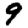
Digit: 9